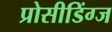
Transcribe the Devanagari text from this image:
प्रोसीडिंग्ज